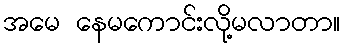
အမေ နေမကောင်းလို့မလာတာ။